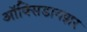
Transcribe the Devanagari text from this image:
ऑक्‍सिडायझर